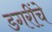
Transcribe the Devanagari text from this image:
डगरींचे